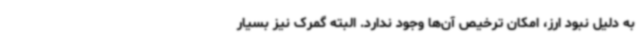
به دلیل نبود ارز، امکان ترخیص آن‌ها وجود ندارد. البته گمرک نیز بسیار